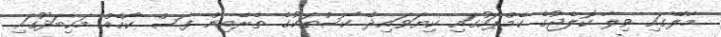
މާލޭގައި ވިލާ ކޮލެޖުގެ ކެމްޕަހުގައި ކިޔަވައިދޭ ކޯސްތަކުގެ ތެރެއިން ފަސް ކޯހެއް މަހިބަދޫގައި